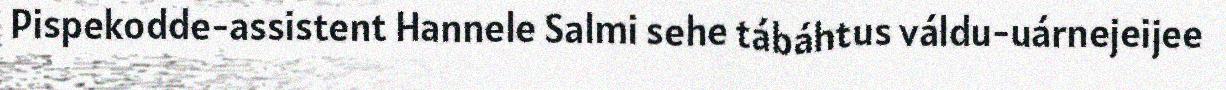
Pispekodde-assistent Hannele Salmi sehe tábáhtus váldu-uárnejeijee